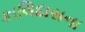
કાલિદાસના